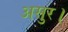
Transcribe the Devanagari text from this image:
असुर।